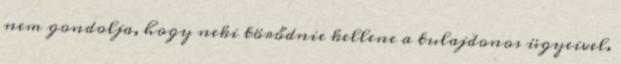
nem gondolja, hogy neki törődnie kellene a tulajdonos ügyeivel.